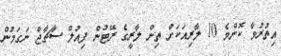
އިތުރުވާ ކޮންމެ 10 ލާރިއަކަށް ތިން ލާރީގެ ރޭޓުން ފިއުލް ސާޗާޖް ނަގަމުން